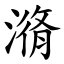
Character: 潃